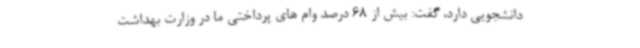
دانشجویی دارد، گفت: بیش از 68 درصد وام های پرداختی ما در وزارت بهداشت